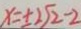
x = \pm 2 \sqrt { 2 } - 2